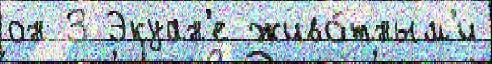
он 3 Экуан'е живо́тным'и